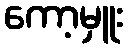
ကော့မှူး